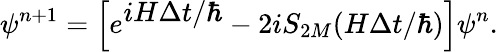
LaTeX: \psi^{n+1}=\left[e^{\textstyle iH\Delta t/\hbar}-2iS_{2M}(H\Delta t/\hbar)\right]\psi^{n}.